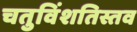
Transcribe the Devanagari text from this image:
चतुविंशतिस्तव